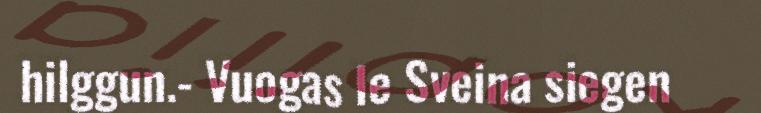
hilggun.- Vuogas le Sveina siegen